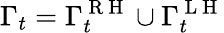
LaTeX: \Gamma_{t}=\Gamma_{t}^{\mathrm{~R~H~}}\cup\Gamma_{t}^{\mathrm{~L~H~}}